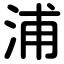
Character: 浦